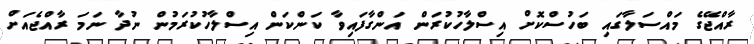
ރާއްޖޭގެ މައްސަލާގައި ބަހުސްކޮށް އިސްލާހުކުރަން އަންގާފައިވާ ކަންކަން އިސްލާހުކުރަމުން ނުދާ ނަމަ ރާއްޖެއަށް